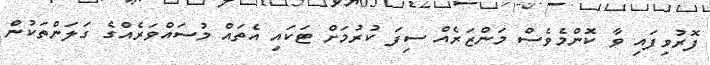
ފޮރުވިފައި ވާ ކޮންމެވެސް މަންޒަރެއް ސިފަ ކުރުމަށް ޓަކައި އެތައް މުސައްވަރެއްގެ ގަލަންތަކުން